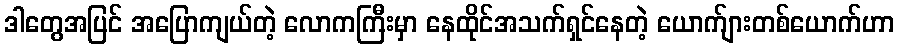
ဒါတွေအပြင် အပြောကျယ်တဲ့ လောကကြီးမှာ နေထိုင်အသက်ရှင်နေတဲ့ ယောက်ျားတစ်ယောက်ဟာ